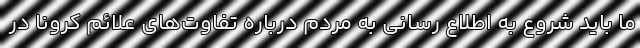
ما باید شروع به اطلاع رسانی به مردم درباره تفاوت‌های علائم کرونا در